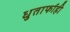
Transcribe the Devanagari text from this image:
धुतार्फाही